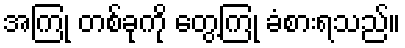
အကြုံ တစ်ခုကို တွေ့ကြုံ ခံစားရသည်။